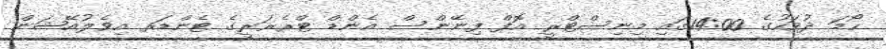
ހޯމަ ދުވަހުގެ 14:00ގައި މިނިސްޓްރީ އޮފް ފިނޭންސް އެންޑް ޓްރެޜަރީގެ ޓެންޑަރ އިވެލުއޭޝަން